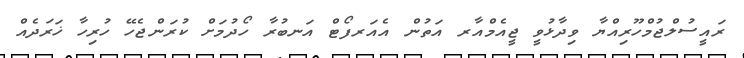
ރައީސުލްޖުމްހޫރިއްޔާ ވިދާޅުވީ ޖީއެމްއާރ އަތުން އެއަރފޯޓް އަނބުރާ ހޯދުމަށް ކުރަންޖެހޭ ހުރިހާ ޚަރަދެއް